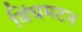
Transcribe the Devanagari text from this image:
बिंघमटन